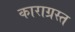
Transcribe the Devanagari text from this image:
काराग्रस्त